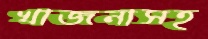
খাজনাসহ